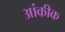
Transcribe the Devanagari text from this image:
आंकीक